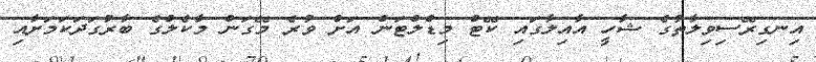
އިނގިރޭސިވިލާތުގެ ޝާހީ އާއިލާގައި ކޭޓް މިޑްލްޓަން އަށް ވުރެ މޭގަން މާކެލްގެ ބާރުގަދަކަމަށާއި